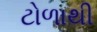
ટોળાથી